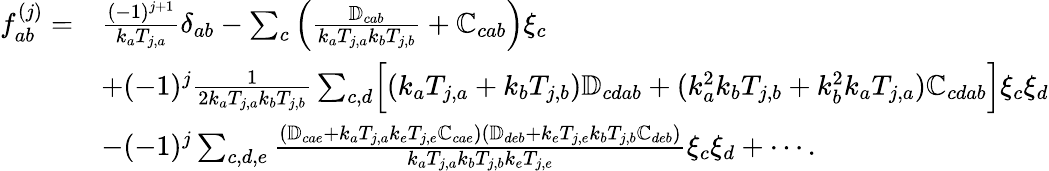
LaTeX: \begin{array}{rl}{\mathcal{f}_{ab}^{(j)}=}&{\frac{(-1)^{j+1}}{k_{a}T_{j,a}}\delta_{ab}-\sum_{c}\left(\frac{\mathbb{D}_{cab}}{k_{a}T_{j,a}k_{b}T_{j,b}}+\mathbb{C}_{cab}\right)\xi_{c}}\\ &{+(-1)^{j}\frac{1}{2k_{a}T_{j,a}k_{b}T_{j,b}}\sum_{c,d}\Bigl[(k_{a}T_{j,a}+k_{b}T_{j,b})\mathbb{D}_{cdab}+(k_{a}^{2}k_{b}T_{j,b}+k_{b}^{2}k_{a}T_{j,a})\mathbb{C}_{cdab}\Bigl]\xi_{c}\xi_{d}}\\ &{-(-1)^{j}\sum_{c,d,e}\frac{(\mathbb{D}_{cae}+k_{a}T_{j,a}k_{e}T_{j,e}\mathbb{C}_{cae})(\mathbb{D}_{deb}+k_{e}T_{j,e}k_{b}T_{j,b}\mathbb{C}_{deb})}{k_{a}T_{j,a}k_{b}T_{j,b}k_{e}T_{j,e}}\xi_{c}\xi_{d}+\cdots.}\end{array}